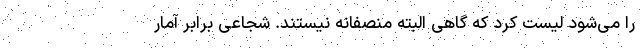
را می‌شود لیست کرد که گاهی البته منصفانه نیستند. شجاعی برابر آمار